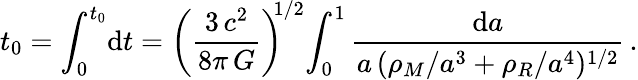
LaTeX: t_{0}=\int_{0}^{t_{0}}\! \mathrm{d}t=\left(\frac{3\, c^{2}}{8\pi\, G}\right)^{\! \! 1/2}\! \int_{0}^{1}\frac{\mathrm{d}a}{a\, (\rho_{M}/a^{3}+\rho_{R}/a^{4})^{1/2}}\, .